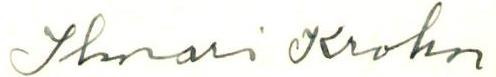
Ilmari Krohn